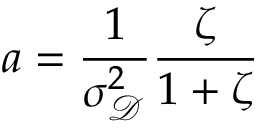
a = \frac { 1 } { \sigma _ { \mathscr D } ^ { 2 } } \frac { \zeta } { 1 + \zeta }